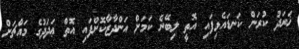
ޚަރަދު ކުރަން ކަނޑައެޅިފައި އޮތީ ލިބޭނެ ކަމަށް އަންދާޒާކޮށްފައި އޮތް ޢަދަދުގެ މައްޗަށް